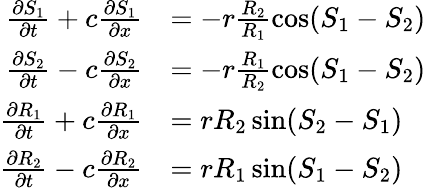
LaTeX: \begin{array}{rl}{\frac{\partial S_{1}}{\partial t}+c\frac{\partial S_{1}}{\partial x}}&{=-r\frac{R_{2}}{R_{1}}\cos(S_{1}-S_{2})}\\ {\frac{\partial S_{2}}{\partial t}-c\frac{\partial S_{2}}{\partial x}}&{=-r\frac{R_{1}}{R_{2}}\cos(S_{1}-S_{2})}\\ {\frac{\partial R_{1}}{\partial t}+c\frac{\partial R_{1}}{\partial x}}&{=rR_{2}\sin(S_{2}-S_{1})}\\ {\frac{\partial R_{2}}{\partial t}-c\frac{\partial R_{2}}{\partial x}}&{=rR_{1}\sin(S_{1}-S_{2})}\end{array}